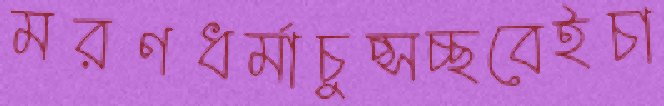
মরণধর্মাচুপ্‌সচ্ছবেইচা